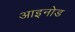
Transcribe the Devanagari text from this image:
आइनोड